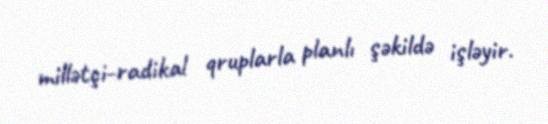
millətçi-radikal qruplarla planlı şəkildə işləyir.